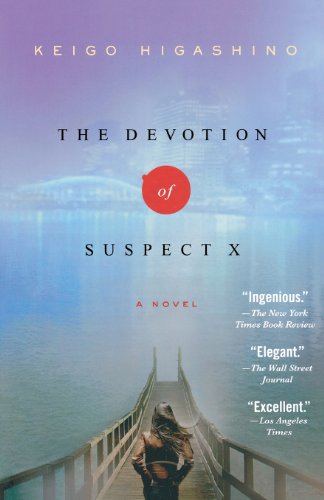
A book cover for The Devotion of Suspect X: A Detective Galileo Novel (Detective Galileo Series); Keigo Higashino; Mystery, Thriller & Suspense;